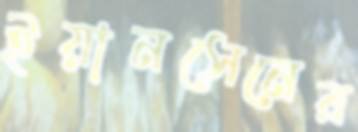
ইয়ানসেনের